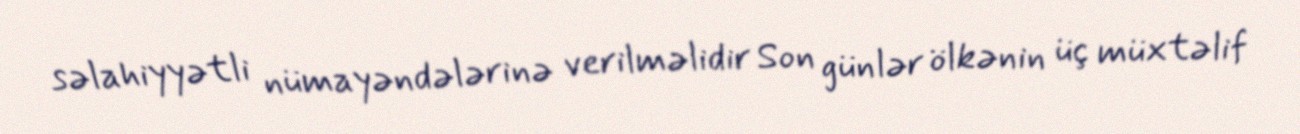
səlahiyyətli nümayəndələrinə verilməlidir Son günlər ölkənin üç müxtəlif